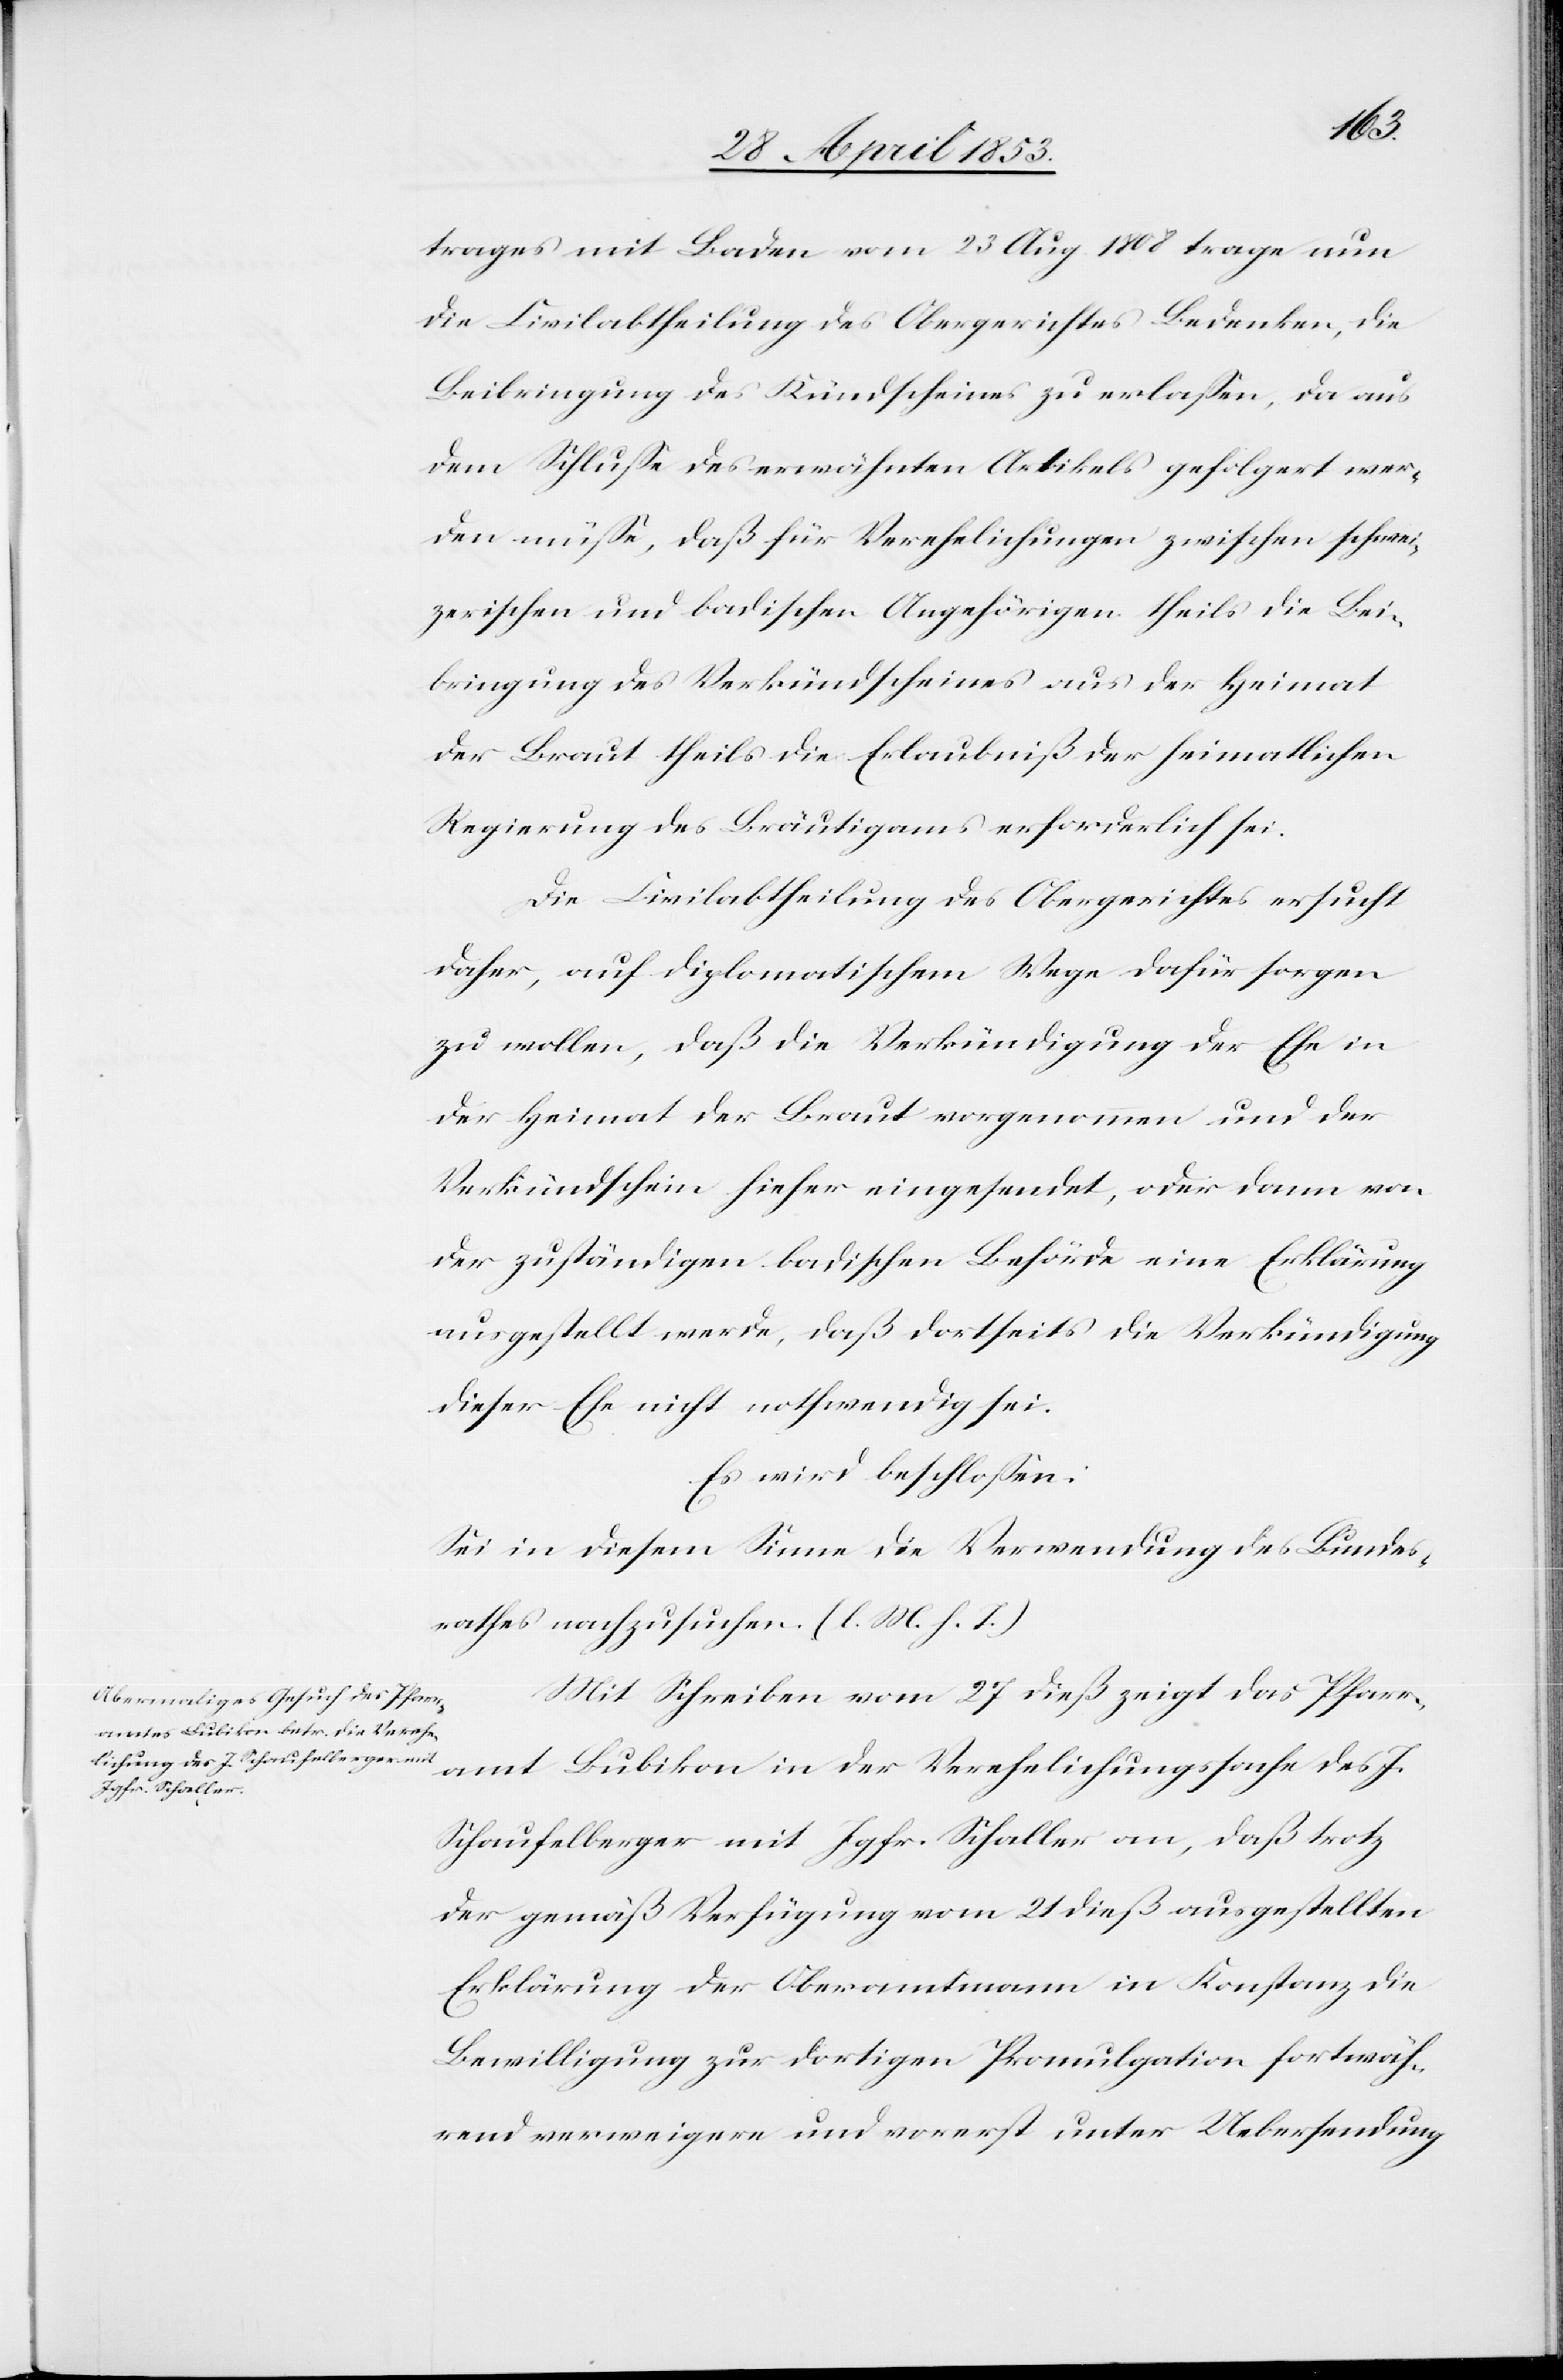
trages mit Baden vom 23 Aug 1808 trage nun
die Civilabtheilung des Obergerichtes Bedenken, die
Beibringung des Kündscheins zu erlaßen, da aus
dem Schluße des erwähnten Artikels gefolgert wer¬
den müße, daß für Verehelichungen zwischen schwei¬
zerischen und badischen Angehörigen theils die Bei¬
bringung des Verkündscheines aus der Heimat
der Braut theils die Erlaubniß der heimatlichen
Regierung des Bräutigams erforderlich sei.
Die Civilabtheilung des Obergerichtes ersucht
daher, auf diplomatischem Wege dafür sorgen
zu wollen, daß die Verkündigung der Ehe in
der Heimat der Braut vorgenommen und der
Verkündschein hieher eingesendet, oder dann von
der zuständigen badischen Behörde eine Erklärung
ausgestellt werde, daß dortseits die Verkündigung
dieser Ehe nicht nothwendig sei.
Es wird beschloßen:
Sei in diesem Sinne die Verwendung des Bundes¬
rathes nachzusuchen. [l. M. h. T]
Mit Schreiben vom 27 dieß zeigt das Pfarr¬
amt Bubikon in der Verehelichungssache des J.
Schaufelberger mit Jgfr. Schaller an, daß trotz
der gemäß Verfügung vom 21 dieß ausgestellten
Erklärung der Oberamtmann in Konstanz die
Bewilligung zur dortigen Promulgation fortwäh¬
rend verweigere und vorerst unter Uebersendung